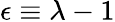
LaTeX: \epsilon\equiv\lambda-1